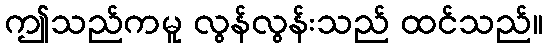
ဤသည်ကမူ လွန်လွန်းသည် ထင်သည်။